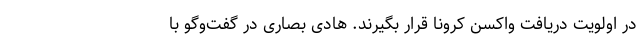
در اولویت دریافت واکسن کرونا قرار بگیرند. هادی بصاری در گفت‌وگو با